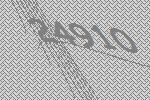
24910